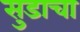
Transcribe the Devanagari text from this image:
सुडाचा